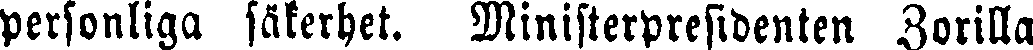
personliga säkerhet. Ministerpresidenten Borilla